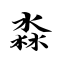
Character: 淼